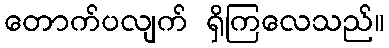
တောက်ပလျက် ရှိကြလေသည်။